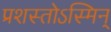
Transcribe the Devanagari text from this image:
प्रशस्तोऽस्मिन्